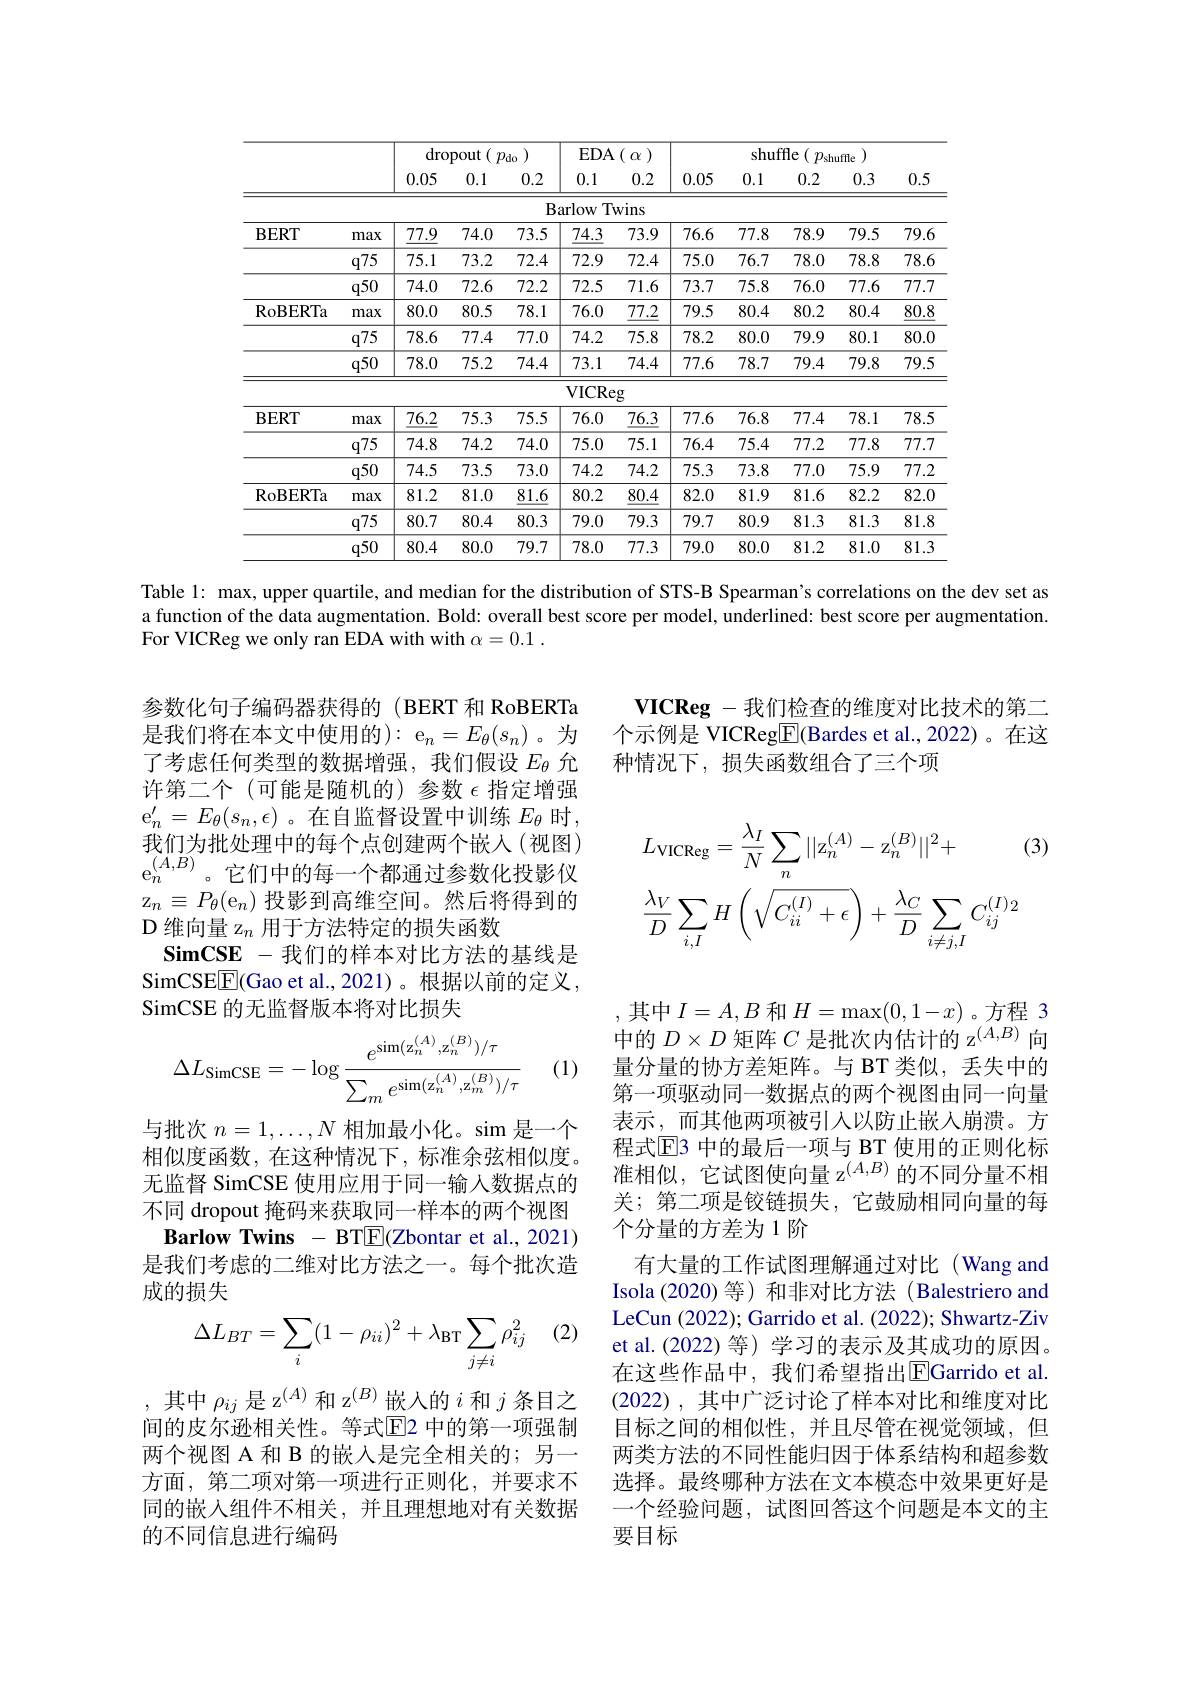
<table>
	<tbody>
		<tr>
			<th> </th>
			<th> </th>
			<th colspan="3">dropout $\mathbf{t} \left ( \:p_{\mathrm{do}}\:\right )$</th>
			<th>$EDA$</th>
			<th>( $\alpha$</th>
			<th colspan="5">shuffle( $p_\mathrm{shuffle}$ </th>
		</tr>
		<tr>
			<th> </th>
			<th> </th>
			<th>0.05</th>
			<th>0.1</th>
			<th>0.2</th>
			<th>0.1</th>
			<th>0.2</th>
			<th>0.05</th>
			<th>0.1</th>
			<th>0.2</th>
			<th>0.3</th>
			<th>0.5</th>
		</tr>
		<tr>
			<td> </td>
			<td> </td>
			<td> </td>
			<td> </td>
			<td>$B$</td>
			<td>arlow $T$</td>
			<td>Wins</td>
			<td> </td>
			<td> </td>
			<td> </td>
			<td> </td>
			<td> </td>
		</tr>
		<tr>
			<td rowspan="3">$BERT$</td>
			<td>max</td>
			<td>$\underline{77.9}$</td>
			<td>74.0</td>
			<td>73.5</td>
			<td>$\underline{74.3}$</td>
			<td>73.9</td>
			<td>76.6</td>
			<td>77.8</td>
			<td>78.9</td>
			<td>79.5</td>
			<td>79.6</td>
		</tr>
		<tr>
			<td>$q75$</td>
			<td>75.1</td>
			<td>73.2</td>
			<td>72.4</td>
			<td>72.9</td>
			<td>72.4</td>
			<td>75.0</td>
			<td>76.7</td>
			<td>78.0</td>
			<td>78.8</td>
			<td>78.6</td>
		</tr>
		<tr>
			<td>$q50$</td>
			<td>74.0</td>
			<td>72.6</td>
			<td>72.2</td>
			<td>72.5</td>
			<td>71.6</td>
			<td>73.7</td>
			<td>75.8</td>
			<td>76.0</td>
			<td>77.6</td>
			<td>77.7</td>
		</tr>
		<tr>
			<td>$\operatorname{RoBERTa}$</td>
			<td>max</td>
			<td>80.0</td>
			<td>80.5</td>
			<td>78.1</td>
			<td>76.0</td>
			<td>$\underline{77.2}$</td>
			<td>79.5</td>
			<td>80.4</td>
			<td>80.2</td>
			<td>80.4</td>
			<td>$\underline{80.8}$</td>
		</tr>
		<tr>
			<td> </td>
			<td>$q75$</td>
			<td>78.6</td>
			<td>77.4</td>
			<td>77.0</td>
			<td>74.2</td>
			<td>75.8</td>
			<td>78.2</td>
			<td>80.0</td>
			<td>79.9</td>
			<td>80.1</td>
			<td>80.0</td>
		</tr>
		<tr>
			<td> </td>
			<td>$q50$</td>
			<td>78.0</td>
			<td>75.2</td>
			<td>74.4</td>
			<td>73.1</td>
			<td>74.4</td>
			<td>77.6</td>
			<td>78.7</td>
			<td>79.4</td>
			<td>79.8</td>
			<td>79.5</td>
		</tr>
		<tr>
			<td> </td>
			<td> </td>
			<td> </td>
			<td> </td>
			<td> </td>
			<td>$VICR\epsilon$</td>
			<td>$g$</td>
			<td> </td>
			<td> </td>
			<td> </td>
			<td> </td>
			<td> </td>
		</tr>
		<tr>
			<td rowspan="3">$BERT$</td>
			<td>max</td>
			<td>$\underline{76.2}$</td>
			<td>75.3</td>
			<td>75.5</td>
			<td>76.0</td>
			<td>$\underline{76.3}$</td>
			<td>77.6</td>
			<td>76.8</td>
			<td>77.4</td>
			<td>78.1</td>
			<td>78.5</td>
		</tr>
		<tr>
			<td>$q75$</td>
			<td>74.8</td>
			<td>74.2</td>
			<td>74.0</td>
			<td>75.0</td>
			<td>75.1</td>
			<td>76.4</td>
			<td>75.4</td>
			<td>77.2</td>
			<td>77.8</td>
			<td>77.7</td>
		</tr>
		<tr>
			<td>$q50$</td>
			<td>74.5</td>
			<td>73.5</td>
			<td>73.0</td>
			<td>74.2</td>
			<td>74.2</td>
			<td>75.3</td>
			<td>73.8</td>
			<td>77.0</td>
			<td>75.9</td>
			<td>77.2</td>
		</tr>
		<tr>
			<td rowspan="3">RoBERTa</td>
			<td>max</td>
			<td>81.2</td>
			<td>81.0</td>
			<td>$\underline{81.6}$</td>
			<td>80.2</td>
			<td>$\underline{80.4}$</td>
			<td>82.0</td>
			<td>81.9</td>
			<td>81.6</td>
			<td>82.2</td>
			<td>82.0</td>
		</tr>
		<tr>
			<td>$q75$</td>
			<td>80.7</td>
			<td>80.4</td>
			<td>80.3</td>
			<td>79.0</td>
			<td>79.3</td>
			<td>79.7</td>
			<td>80.9</td>
			<td>81.3</td>
			<td>81.3</td>
			<td>81.8</td>
		</tr>
		<tr>
			<td>q50</td>
			<td>80.4</td>
			<td>80.0</td>
			<td>79.7</td>
			<td>78.0</td>
			<td>77.3</td>
			<td>79.0</td>
			<td>80.0</td>
			<td>81.2</td>
			<td>81.0</td>
			<td>81.3</td>
		</tr>
	</tbody>
</table>
Table 1: max, upper quartile, and median for the distribution of STS-B Spearman's correlations on the dev set as

a function of the data augmentation. Bold: overall best score per model, underlined: best score per augmentation
For VICReg we only ran EDA with with $\alpha = 0. 1$ .

VICReg -我们检查的维度对比技术的第二个示例是 VICReg$\boxed{\mathrm{F}}($Bardes et al.,2022)。在这种情况下，损失函数组合了三个项
$$\begin{aligned}&L_{\mathrm{VICReg}}=\frac{\lambda_{I}}{N}\sum_{n}||\mathrm{z}_{n}^{(A)}-\mathrm{z}_{n}^{(B)}||^{2}+&\text{(3}\\&\frac{\lambda_{V}}{D}\sum_{i,I}H\left(\sqrt{C_{ii}^{(I)}+\epsilon}\right)+\frac{\lambda_{C}}{D}\sum_{i\neq j,I}C_{ij}^{(I)2}\end{aligned}$$
参数化句子编码器获得的(BERT 和 RoBERTa 是我们将在本文中使用的):e$_n=E_\theta(s_n)$。为了考虑任何类型的数据增强，我们假设$E_\mathrm{\theta}$允许第二个(可能是随机的)参数$\epsilon$指定增强$\mathrm{e}_n^{\prime}=E_\theta(s_n,\epsilon)$。在自监督设置中训练 $E_\theta$ 时， 我们为批处理中的每个点创建两个嵌人(视图) $\mathrm{e}_{n}^{(A,B)}$。它们中的每一个都通过参数化投影仪$z_n\equiv P_\theta(\mathrm{e}_n)$投影到高维空间。然后将得到的D 维向量 z$_n$用于方法特定的损失函数
$\mathbf{SimCSE}-$我们的样本对比方法的基线是SimCSE$\underline{\mathrm{E}}($Gao et al.,2021)。根据以前的定义， SimCSE 的无监督版本将对比损失

(1)
$$\Delta L_{\mathrm{SimCSE}}=-\log\frac{e^{\sin(\mathrm{z}_{n}^{(A)},\mathrm{z}_{n}^{(B)})/\tau}}{\sum_{m}e^{\sin(\mathrm{z}_{n}^{(A)},\mathrm{z}_{m}^{(B)})/\tau}}$$
与批次 $n=1,\ldots,N$ 相加最小化。$\sin$是一个相似度函数，在这种情况下，标准余弦相似度。无监督 SimCSE 使用应用于同一输入数据点的不同 dropout 掩码来获取同一样本的两个视图
$\textbf{Barlow Twins}-$BTE(Zbontar et al.,2021) 是我们考虑的二维对比方法之一。每个批次造成的损失

, 其 中 $I= A, B$ 和 $H= \max ( 0, 1- x)$ 。方 程 3 中 的 $D\times D$ 矩 阵 $C\text{ 是 批 次 内 估 计 的 z}^{( A, B) }$ 向量分量的协方差矩阵。与 BT 类似，丢失中的第一项驱动同一数据点的两个视图由同一向量表示，而其他两项被引入以防止嵌人崩溃。方程式$\mathbb{E}$3 中的最后一项与 BT 使用的正则化标准相似，它试图使向量 z$^{(A,B)}$的不同分量不相关；第二项是铰链损失，它鼓励相同向量的每个分量的方差为1阶
有大量的工作试图理解通过对比(Wang and Isola (2020)等)和非对比方法 (Balestriero and LeCun (2022); Garrido et al. (2022); Shwartz-Ziv et al.(2022)等) 学习的表示及其成功的原因。在这些作品中，我们希望指出$\overline{\mathrm{EGarrido~et~al.}}$ (2022),其中广泛讨论了样本对比和维度对比目标之间的相似性，并且尽管在视觉领域，但两类方法的不同性能归因于体系结构和超参数选择。最终哪种方法在文本模态中效果更好是一个经验问题，试图回答这个问题是本文的主要目标

(2)
$$\Delta L_{BT}=\sum_i(1-\rho_{ii})^2+\lambda_{\text{BT}}\sum_{j\neq i}\rho_{ij}^2$$
其中$\rho_{ij}$是 z$^{(A)}$和 z$^{(B)}$嵌入的$i$和$j$条目之间的皮尔逊相关性。等式$\overline{\mathrm{E}}$2 中的第一项强制两个视图 A 和 B 的嵌入是完全相关的；另一方面，第二项对第一项进行正则化，并要求不同的嵌入组件不相关，并且理想地对有关数据的不同信息进行编码